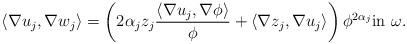
LaTeX: \begin{align*}\langle \nabla u_j, \nabla w_j \rangle =\left( 2 \alpha_j z_j \frac{\langle \nabla u_j, \nabla \phi \rangle}{\phi} + \langle \nabla z_j, \nabla u_j\rangle\right) \phi^{2 \alpha_j} \mbox{in } \omega.\end{align*}